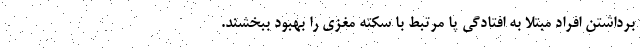
برداشتن افراد مبتلا به افتادگی پا مرتبط با سکته مغزی را بهبود ببخشند.